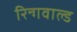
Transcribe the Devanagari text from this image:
रिन्गवाल्ड